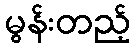
မွန်းတည့်